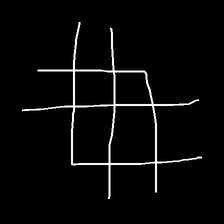
Glyph: crystal